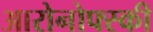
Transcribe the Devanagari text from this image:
आरोनोफ्स्की